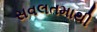
સવલતમાથી